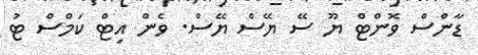
ޑާންސް ވޮންޓް ޔޫ ސޭ ޔޭސް ޔޭސް. ވެން އިޓް ކަމްސް ޓު